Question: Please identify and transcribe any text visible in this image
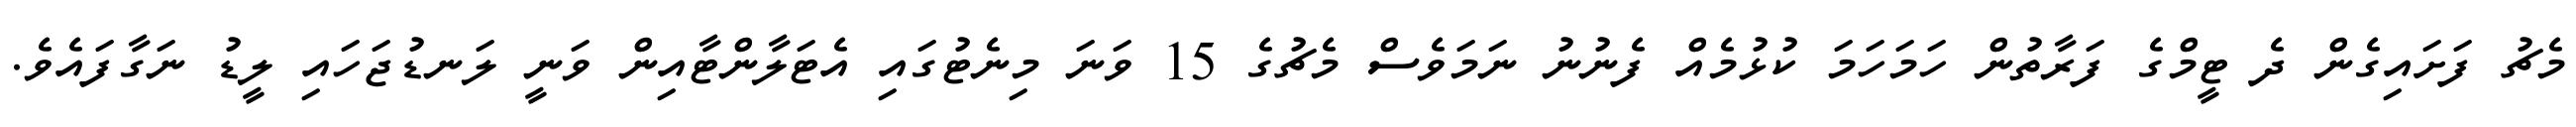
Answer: މެޗު ފަށައިގެން ދެ ޓީމްގެ ފަރާތުން ހަމަހަމަ ކުޅުމެއް ފެނުނު ނަމަވެސް މެޗުގެ 15 ވަނަ މިނެޓުގައި އެޓަލާންޓާއިން ވަނީ ލަނޑުޖަހައި ލީޑު ނަގާފައެވެ.